Report on the working of the mental hospitals for Indians in Bihar and Orissa - 1925-1929
Year: 1925
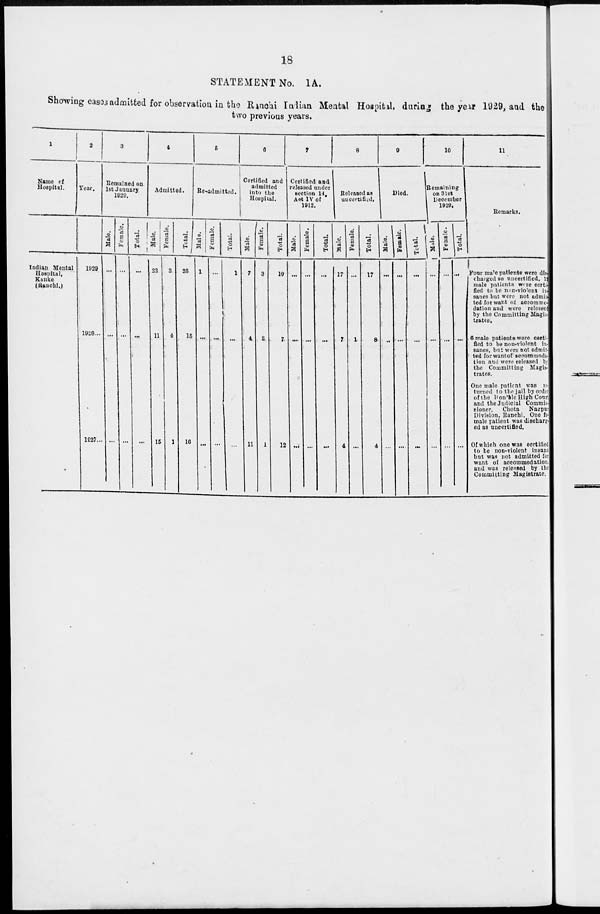
18
STATEMENT No. 1A.
Showing cases admitted for observation in the Ranchi Indian Mental Hospital, during the year 1929, and the
two previous years.
1
Name of
Hospital.
Indian Mental
Hospital,
Kanke
(Ranchi.)
2
Year.
1929
1928...
1927...
3
Remained on
1st January
1929.
Male.
...
...
...
Female.
...
...
...
Total.
...
...
...
4
Admitted.
Male.
23
11
15
Female.
3
4
1
Total.
26
15
16
5
Re-admitted.
Male.
1
...
...
Female.
...
...
...
Total.
1
...
...
6
Certified and
admitted
into the
Hospital.
Male.
7
4
11
Female.
3
3
1
Total.
10
7
12
7
Certified and
released under
section 14
A to IV of
1912.
Male.
...
...
...
Female.
...
...
...
Total.
...
...
...
8
Released as
uncertified.
Male.
17
7
4
Female.
...
1
...
Total.
17
8
4
9
Died.
Male.
...
...
...
Female.
...
...
...
Total.
...
...
...
10
Remaining
on 31st
December
1929.
Male.
...
...
...
Female.
...
...
...
Total.
...
...
...
11
Remarks.
Four male patients were die
charged as uncertified.
male patients were certi
fied to be non-violent in
sanes but were not admit
ted for want of accommo-
dation and were release
by the Committing Magis-
trates.
6 male patients were certi-
fied to be non-violent in-
sanes, but were not admit-
ted for want of accommoda-
tion and were released by
the Committing Magis-
trates.
One male patient was re
turned to the jail by order
of the Hon'ble High Court
and the Judicial Commit-
sioner.
Chota
Nagpur
Division. Ranchi. One fe-
male patient was discharg-
ed as uncertified.
Of which one was certified
to be non-violent insane
but was not admitted for
want of accommodation
and was released by the
Committing Magistrate.